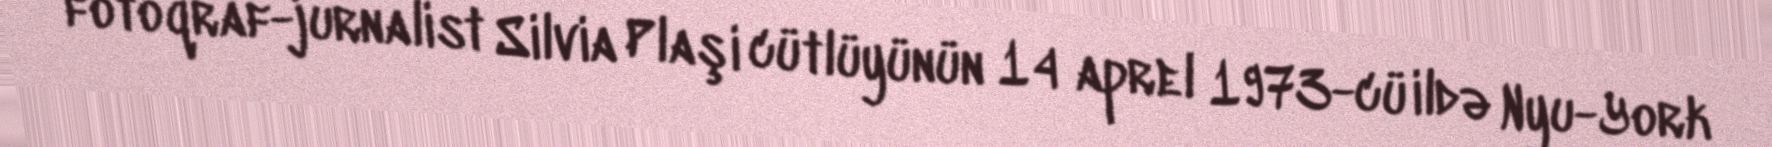
fotoqraf-jurnalist Silvia Plaşi cütlüyünün 14 aprel 1973-cü ildə Nyu-York